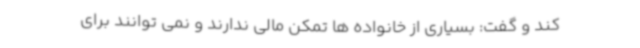
کند و گفت: بسیاری از خانواده ها تمکن مالی ندارند و نمی توانند برای